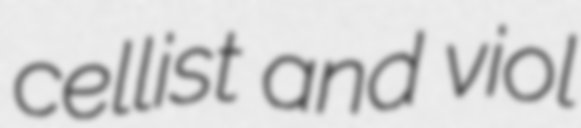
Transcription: cellist and viol